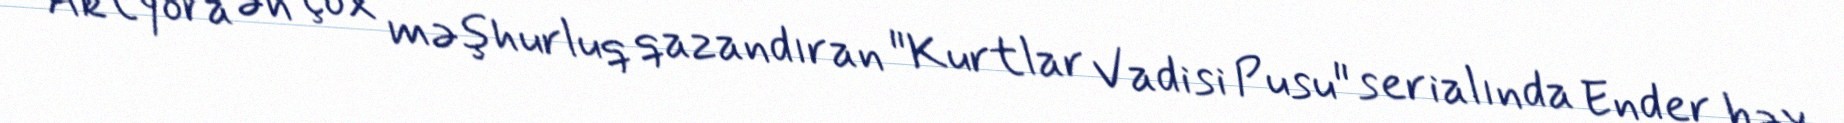
Aktyora ən çox məşhurluq qazandıran "Kurtlar Vadisi Pusu" serialında Ender bəy